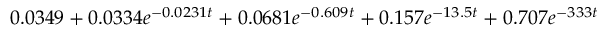
0 . 0 3 4 9 + 0 . 0 3 3 4 e ^ { - 0 . 0 2 3 1 t } + 0 . 0 6 8 1 e ^ { - 0 . 6 0 9 t } + 0 . 1 5 7 e ^ { - 1 3 . 5 t } + 0 . 7 0 7 e ^ { - 3 3 3 t }